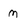
Character: M